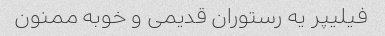
فیلیپر یه رستوران قدیمی و خوبه ممنون